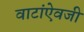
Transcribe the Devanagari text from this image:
वाटांऐवजी